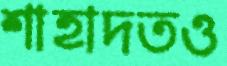
শাহাদতও